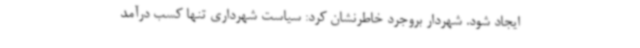
ایجاد شود. شهردار بروجرد خاطرنشان کرد: سیاست شهرداری تنها کسب درآمد